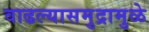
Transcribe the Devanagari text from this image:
वाढल्यासमुद्रामुळे